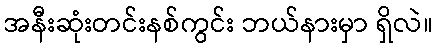
အနီးဆုံးတင်းနစ်ကွင်း ဘယ်နားမှာ ရှိလဲ။